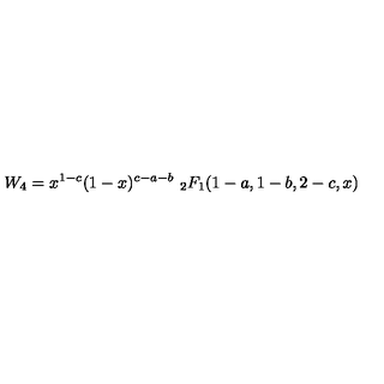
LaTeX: W _ { 4 } = x ^ { 1 - c } ( 1 - x ) ^ { c - a - b } \ _ { 2 } F _ { 1 } ( 1 - a , 1 - b , 2 - c , x )